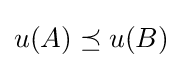
u(A)\preceq u(B)